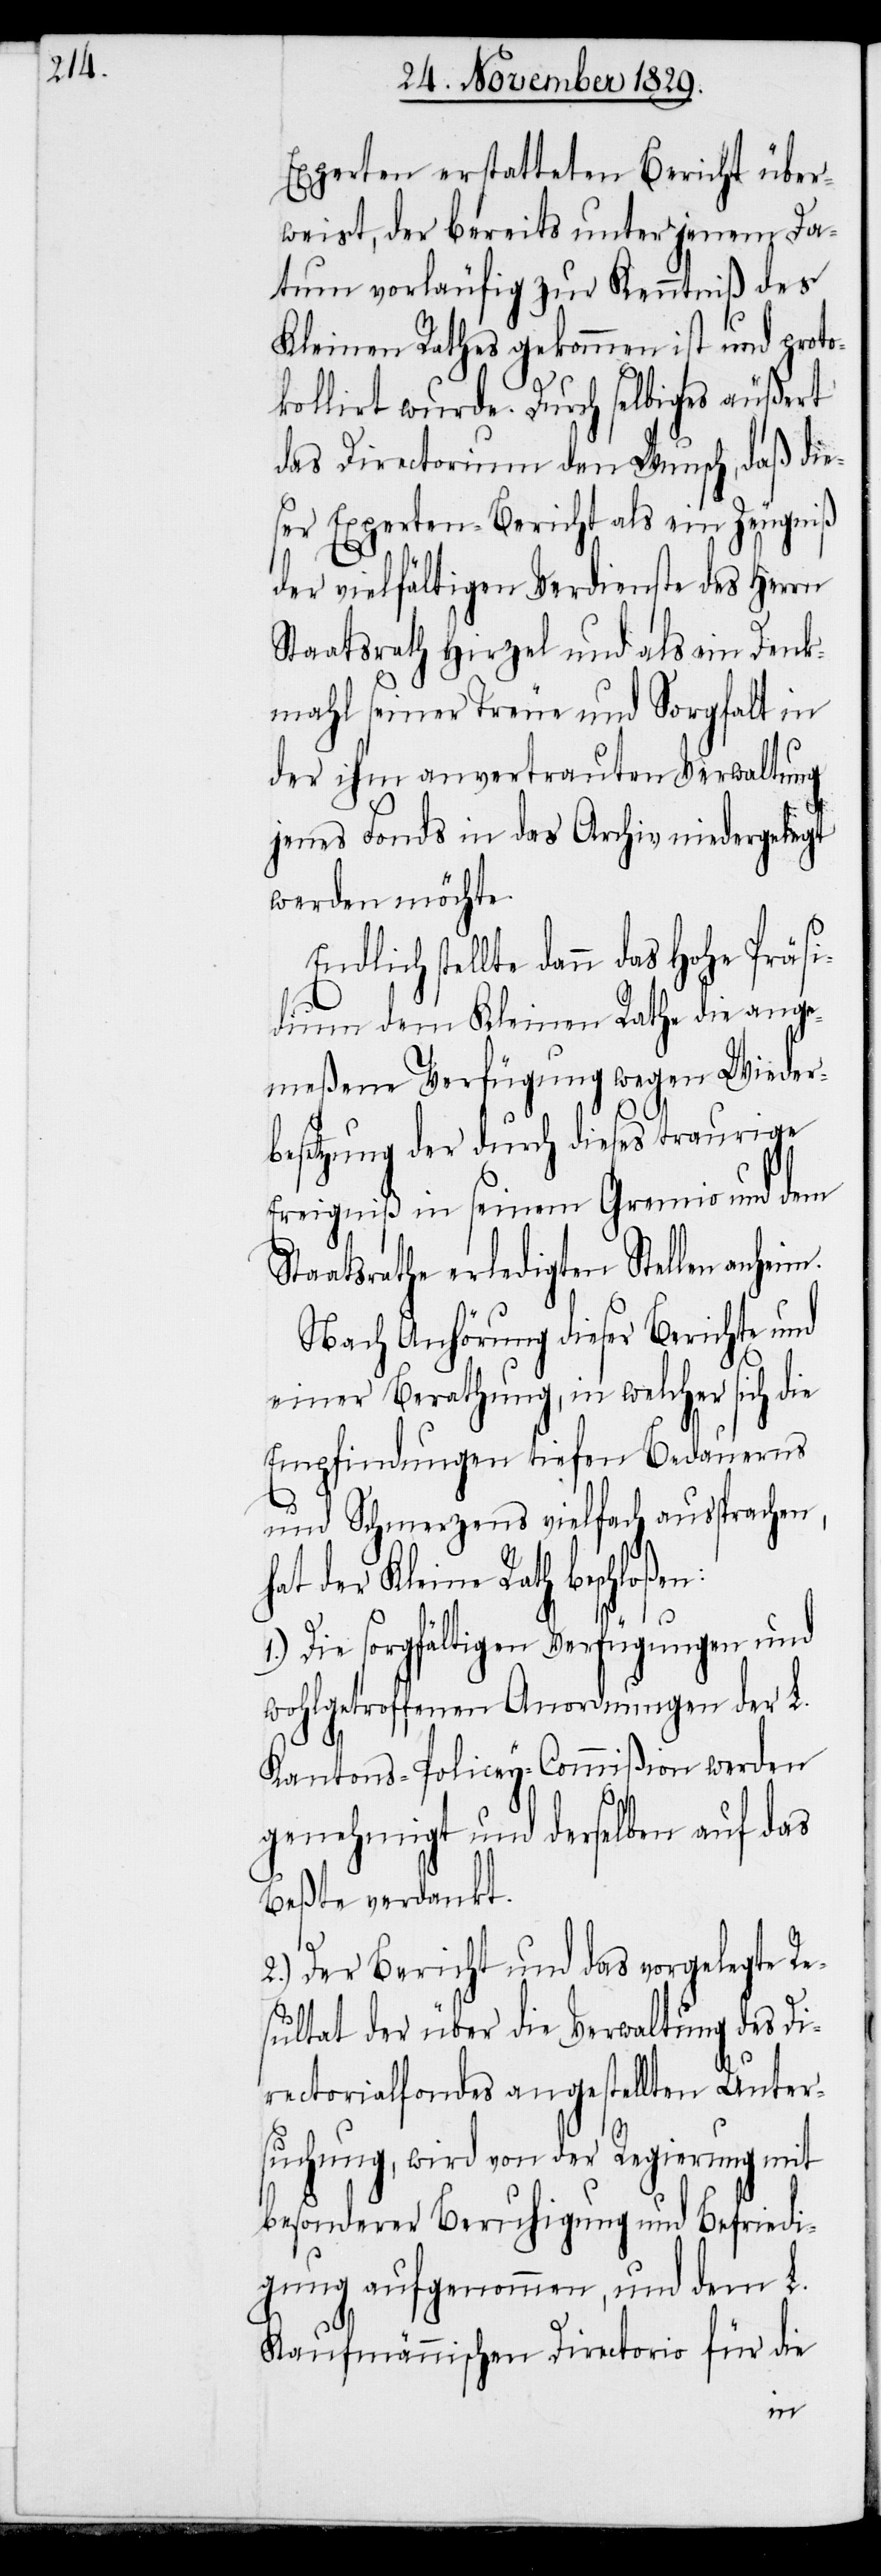
Experten erstatteten Bericht über¬
weist, der bereits unter jenem Da¬
tum vorläufig zur Kenntniß des
Kleinen Rathes gekommen ist und proto¬
kollirt wurde. Durch selbiges äußert
das Directorium den Wunsch, daß die¬
ser Experten-Bericht als ein Zeugniß
der vielfältigen Verdienste des Herrn
Staatsrath Hirzel und als ein Denk¬
mahl seiner Treue und Sorgfalt in
der ihm anvertrauten Verwaltung
jenes Fonds in das Archiv niedergelegt
werden möchte.
Endlich stellte dann das Hohe Präsi¬
dium dem Kleinen Rathe die ange¬
meßene Verfügung wegen Wieder¬
besetzung der durch dieses traurige
Ereigniß in seinem Gremio und dem
Staatsrathe erledigten Stellen anhe¬
Nach Anhörung dieser Berichte und
einer Berathung, in welcher sich die
Empfindungen tiefen Bedauerns
und Schmerzens vielfach aussprachen,
hat der Kleine Rath beschloßen:
Die sorgfältigen Verfügungen und
wohlgetroffenen Anordnungen der L.
Kantons-Policey-Commißion werden
genehmigt und derselben auf das
Beßte verdankt.
2.) Der Bericht und das vorgelegte Re¬
sultat der über die Verwaltung des Di¬
rectorialfondes angestellten Unter¬
suchung, wird von der Regierung mit
besonderer Beruhigung und Befriedi¬
gung aufgenommen, und dem L.
Kaufmännischen Directorio für die
im.